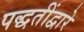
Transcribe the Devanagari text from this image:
पद्धतींद्वारे